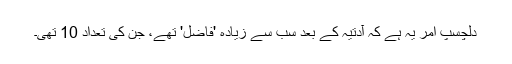
دلچسپ امر یہ ہے کہ آدتیہ کے بعد سب سے زیادہ 'فاضل' تھے، جن کی تعداد 10 تھی۔